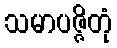
သမာပဇ္ဇိတုံ